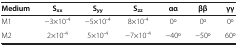
<table><thead><tr><td><b>Medium</b></td><td><b>S<sub>xx</sub></b></td><td><b>S<sub>yy</sub></b></td><td><b>S<sub>zz</sub></b></td><td><b>αα</b></td><td><b>ββ</b></td><td><b>γγ</b></td></tr></thead><tbody><tr><td>M1</td><td>−3×10<sup>-4</sup></td><td>−5×10<sup>-4</sup></td><td>8×10<sup>-4</sup></td><td>0o</td><td>0o</td><td>0o</td></tr><tr><td>M2</td><td>2×10<sup>-4</sup></td><td>5×10<sup>-4</sup></td><td>−7×10<sup>-4</sup></td><td>−40o</td><td>−50o</td><td>60o</td></tr></tbody></table>